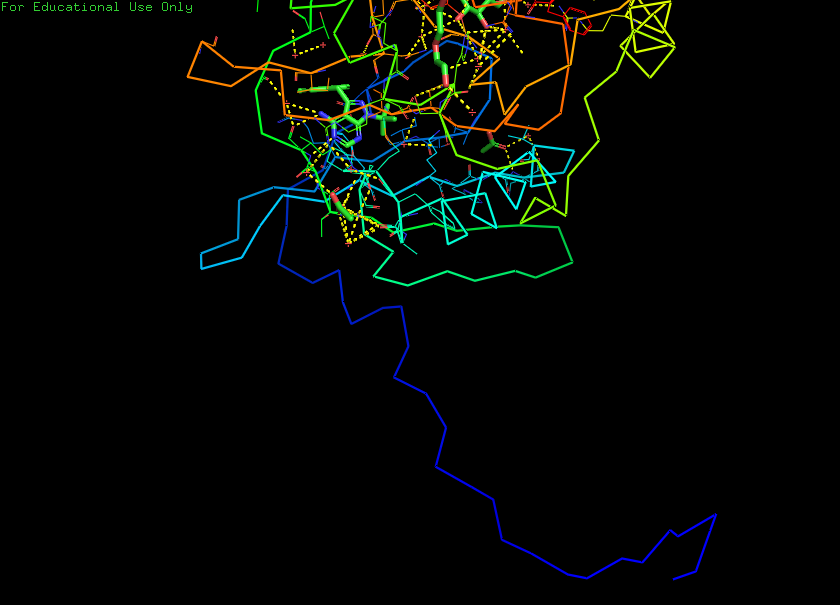
pymol, preset, ligands